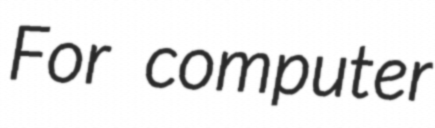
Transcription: For computer